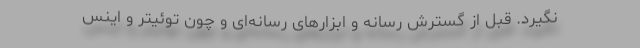
نگیرد. قبل از گسترش رسانه و ابزارهای رسانه‌ای و چون توئیتر و اینس